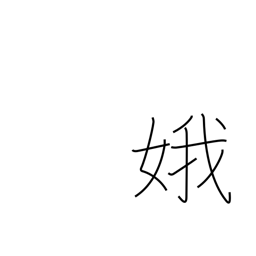
Meaning: beautiful